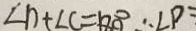
\angle D + \angle C = 1 8 0 ^ { \circ } \therefore \angle D